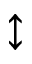
\updownarrow